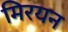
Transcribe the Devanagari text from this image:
मिरयन